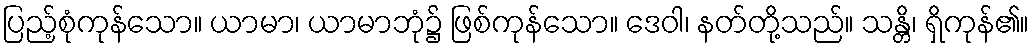
ပြည့်စုံကုန်သော။ ယာမာ၊ ယာမာဘုံ၌ ဖြစ်ကုန်သော။ ဒေဝါ၊ နတ်တို့သည်။ သန္တိ၊ ရှိကုန်၏။